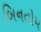
બિનતોપ